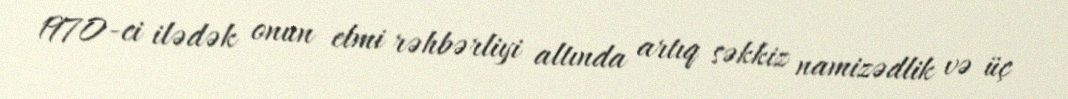
1970-ci ilədək onun elmi rəhbərliyi altında artıq səkkiz namizədlik və üç